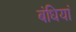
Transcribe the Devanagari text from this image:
बंधियां